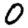
Digit: 0